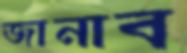
জানাব